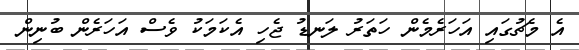
އެ މެޗުގައި އަހަރެމެން ހަތަރު ލަނޑު ޖެހި އެކަމަކު ވެސް އަހަރެން ބުނިން